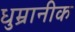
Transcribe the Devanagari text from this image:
धुम्रानीक